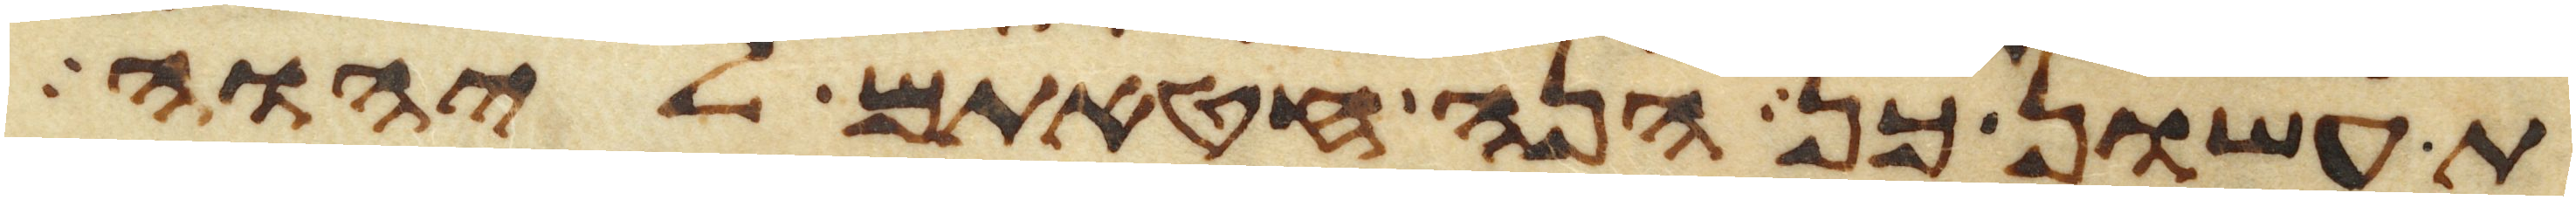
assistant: תעשון כן הנה חטאתם ליהוה